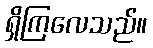
ရှိကြလေသည်။